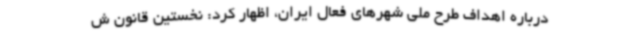
درباره اهداف طرح ملی شهرهای فعال ایران، اظهار کرد: نخستین قانون ش